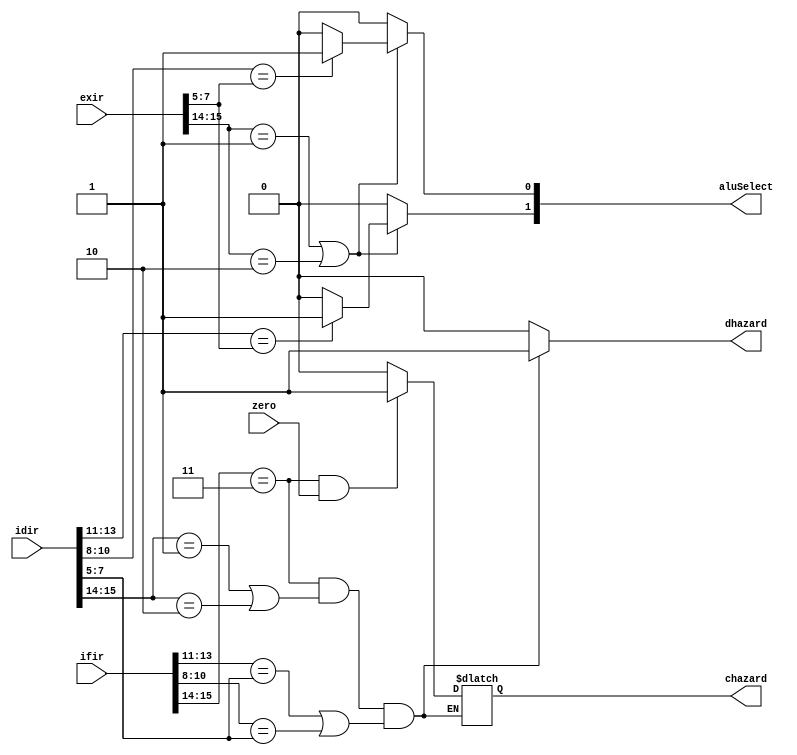
module controller(chazard,dhazard,aluSelect,ifir,idir,exir,zero);
output reg chazard,dhazard;
output reg [1:0]aluSelect;
input [15:0]ifir,idir,exir;
input zero;
always @(*)
begin
aluSelect=2'b00;
if(exir[15:14]==2'b01||exir[15:14]==2'b10)//data forwarding to handle RAW hazard
    begin
    if(idir[13:11]==exir[7:5])
    aluSelect[1]<=1'd1;
    if(idir[10:8]==exir[7:5])
    aluSelect[0]<=1'd1;
    end
if(ifir[15:14]==2'b11 && (idir[15:14]==2'b01 || idir[15:14]==2'b10) && (ifir[13:11]==idir[7:5]||ifir[10:8]==idir[7:5]))//handling RAW+Control Hazard
dhazard<=1'd1;
else
begin
dhazard<=1'd0;
if(ifir[15:14]==2'b11 && zero)//handling Control Hazard
chazard<=1'd1;
else
chazard<=1'd0;
end
end
endmodule